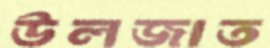
উলজাত